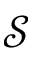
\mathcal { S }